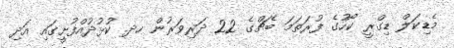
މެޑިކަލް ޑިގްރީ ކޯހުގެ ފުރަތަމަ ބެޗްގެ 22 ދަރިވަރުން ހދ. ކުޅުދުއްފުށީގައި އަދި